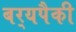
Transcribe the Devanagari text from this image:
बर्‍यपैकी